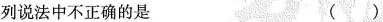
列说法中不正确的是 ()